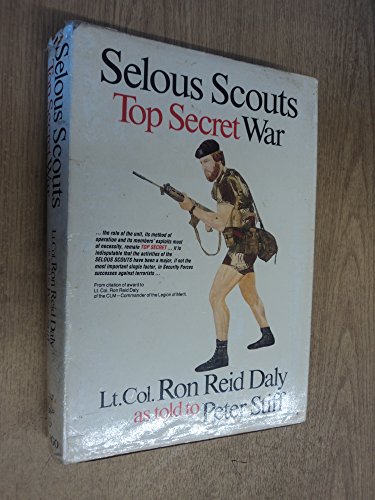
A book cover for Selous Scouts: Top secret war; Ron Reid Daly; History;